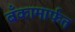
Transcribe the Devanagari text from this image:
बँकामार्फत